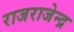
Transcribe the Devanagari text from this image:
राजराजेन्द्र